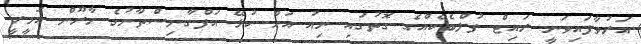
އަރުވާފައިވަނީ ރައިޓް ފުލްބެކެއްގެ ގޮތުގައި ނިއު އަށް ކުޅޭ އަފްގާނިސްތާނުގެ ހާރޫން އަމީރީ